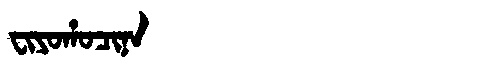
Manchu: ᠸᡳᠶᠣᡥᠣᠴᡳᠨᠠ
Romanization: FIYOHOCINA